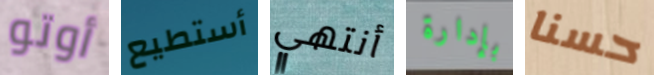
أوتو أستطيع أنتهي بإدارة حسنا